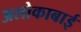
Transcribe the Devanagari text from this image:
अलोकाबाई